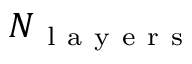
N _ { \mathrm { ~ l ~ a ~ y ~ e ~ r ~ s ~ } }